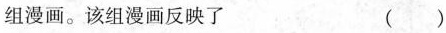
组漫画。该组漫画反映了（）